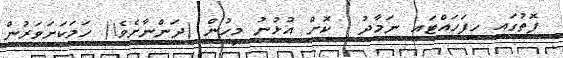
ފޮތުގައި ހިފަހައްޓައި ނަމާދު  ކޮށް އުޅުނު މީހުން (ދަންނާށެވެ!) ހަމަކަށަވަރުން